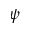
\psi